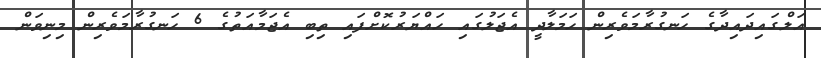
އަލްގައިދައިދާގެ ހަނގުރާމަވެރިން ހަމަލާދީ އެޖަލުގައި ހައްޔަރުކޮށްފައި ތިބި އެޖަމާއަތުގެ 6 ހަނގުރާމަވެރިން މިނިވަން